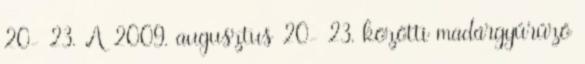
20- 23. A 2009. augusztus 20- 23. közötti madárgyűrűző